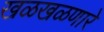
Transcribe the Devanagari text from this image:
खळखळणारे